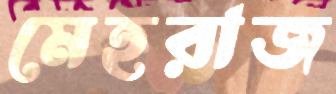
মেহরাজ